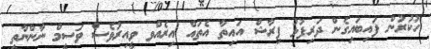
ހުކުރުން ފައިބައިގެން ދަރިފުޅު ފިރާޝް އައިތާ އެތައް އިރެއްވ ވީއިރުވެސް ވަސީމް ނާންނާތީ